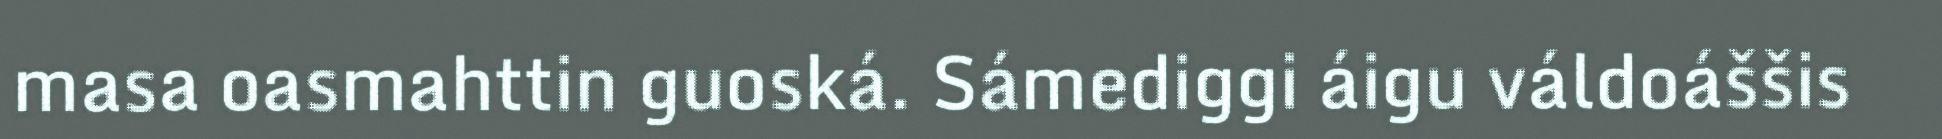
masa oasmahttin guoská. Sámediggi áigu váldoáššis